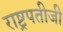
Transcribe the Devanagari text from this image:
राष्ट्रपतीजी